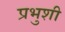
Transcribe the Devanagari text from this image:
प्रभुशी